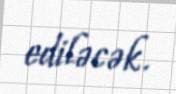
ediləcək.